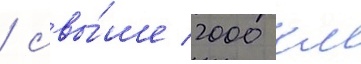
/ свы́ше 2000 км